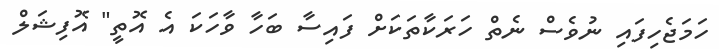
ހަމަޖެހިފައި ނުވެސް ނެތް ހަރަކާތަކަށް ފައިސާ ބަހާ ވާހަކަ އެ އޮތީ" އޮފިޝަލް